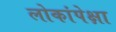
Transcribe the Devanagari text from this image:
लोकांपेक्षा